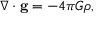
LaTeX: \nabla \cdot \mathbf { g } = - 4 \pi G \rho ,